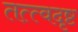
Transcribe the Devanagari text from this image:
तत्त्वदृष्ट